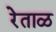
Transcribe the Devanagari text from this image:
रेताळ